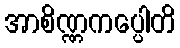
အာစိဏ္ဏကပ္ပေါတိ